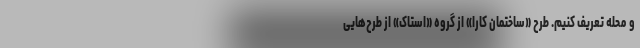
و محله تعریف کنیم. طرح «ساختمان کارا» از گروه «استاک» از طرح‌هایی